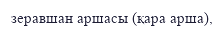
зеравшан аршасы (қара арша),